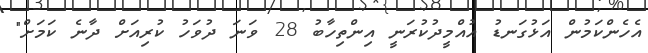
އެހެންކަމުން އަޅުގަނޑު އުއްމީދުކުރަނީ އިންތިހާބު 28 ވަނަ ދުވަހު ކުރިއަށް ދާނެ ކަމަށް"